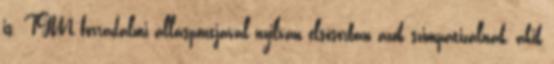
is. TGM forradalmi álláspontjával nyilván elsősorban azok szimpatizálnak, akik